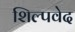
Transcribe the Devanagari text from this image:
शिल्पवेद